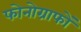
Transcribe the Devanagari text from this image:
फोनोग्राफों